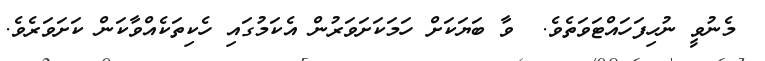
މެނުވީ ނުހިފަހައްޓަވަތެވެ.  ވާ ބަޔަކަށް ހަމަކަށަވަރުން އެކަމުގައި ހެކިތަކެއްވާކަން ކަށަވަރެވެ.